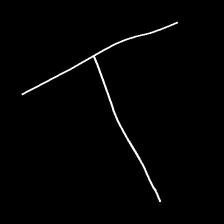
Glyph: column